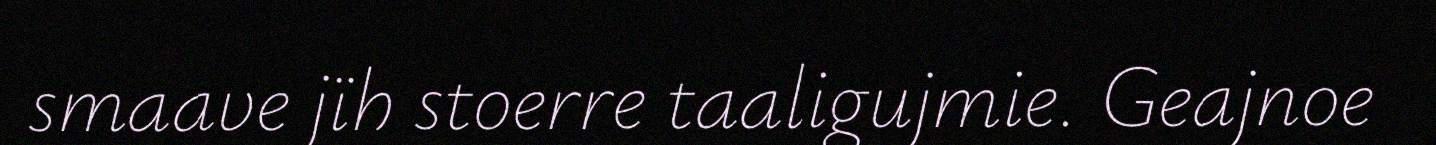
smaave jïh stoerre taaligujmie. Geajnoe